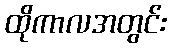
ထိုကာလအတွင်း